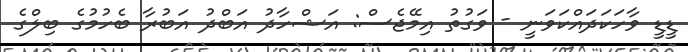
ޑީޑީ ވާހަކަދައްކަވަނީ - ވަގުތު އިމޭޖެސް: އަޝްހާދު އަބްދު އަބުރާ ބެހުމުގެ ބިލްގެ